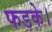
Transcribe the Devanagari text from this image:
फडके।